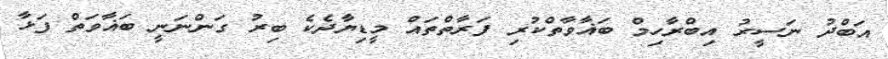
އަބްދު ނަސީރު އިބްރާހިމް ބަޣާވާތްކުރި ފަރާތްތައް މީޑިޔާދެކެ ބިރު ގަންނަނީ ބަޣާވަތް ފަޅާ